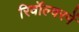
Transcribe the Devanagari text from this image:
रिवॉल्वरमें